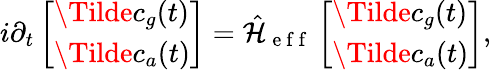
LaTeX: i\partial_{t}\left[\begin{array}{l}{\Tilde{c}_{g}(t)}\\ {\Tilde{c}_{a}(t)}\end{array}\right]=\hat{\mathcal{H}}_{\mathrm{~e~f~f~}}\left[\begin{array}{l}{\Tilde{c}_{g}(t)}\\ {\Tilde{c}_{a}(t)}\end{array}\right],